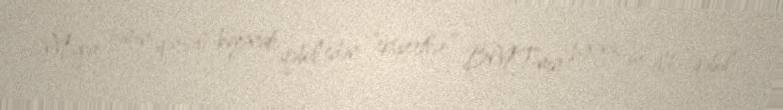
Məgər həmin qərəzli bəyanatı qəbul edən “ekspertlər” BMT-nın 1993-cü ildə qəbul